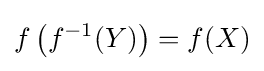
f\left(f^{-1}(Y)\right)=f(X)